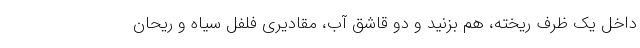
داخل یک ظرف ریخته، هم بزنید و دو قاشق آب، مقادیری فلفل سیاه و ریحان